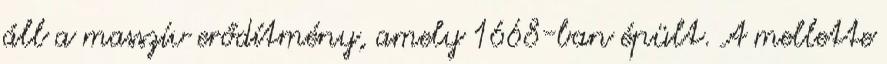
áll a masszív erődítmény, amely 1668-ban épült. A mellette